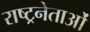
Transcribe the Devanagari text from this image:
राष्ट्रनेताओं